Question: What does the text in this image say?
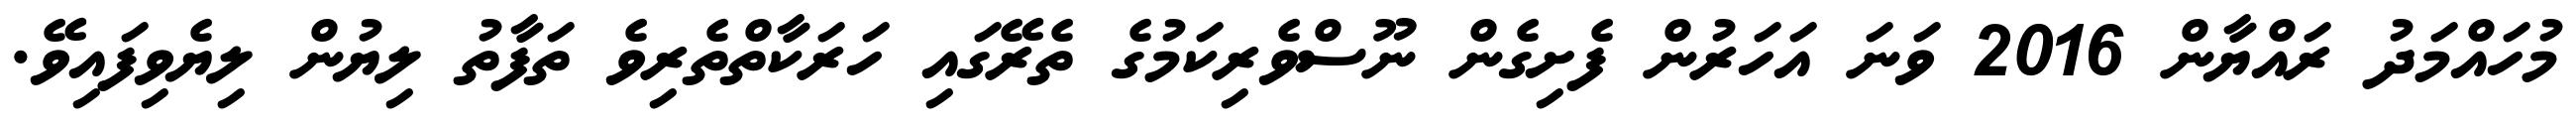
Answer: މުހައްމަދު ރައްޔާން 2016 ވަނަ އަހަރުން ފެށިގެން ނޫސްވެރިކަމުގެ ތެރޭގައި ހަރަކާތްތެރިވެ ތަފާތު ލިޔުން ލިޔެވިފައިވޭ.